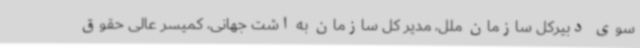
سوی دبیرکل سازمان ملل، مدیر کل سازمان به اشت جهانی، کمیسر عالی حقوق